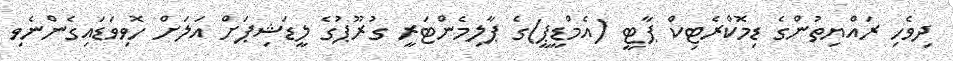
ދިވެހި ރައްޔިތުންގެ ޑިމޮކްރެޓިކް ޕާޓީ (އެމްޑީޕީ)ގެ ޕާލިމެންޓަރީ ގުރޫޕުގެ ލީޑަޝިޕަށް އަލަށް ހޮވިވަޑައިގެންނެވި